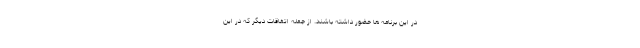
در این برنامه ها حضور داشته باشند. از جمله اتفاقات دیگر که در این